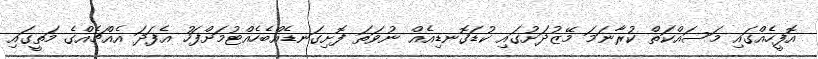
އޮފީހެއްގައި މަސައްކަތް ކުރާނަމަ މޭޒުދަށުގައި ކުޑަގޮނޑިއެއް ނުވަތަ ފޮށިގަނޑެއްބެހެއްޓުމަށްފަހު އެފަދަ އެއްޗެއްގެ މަތީގައި